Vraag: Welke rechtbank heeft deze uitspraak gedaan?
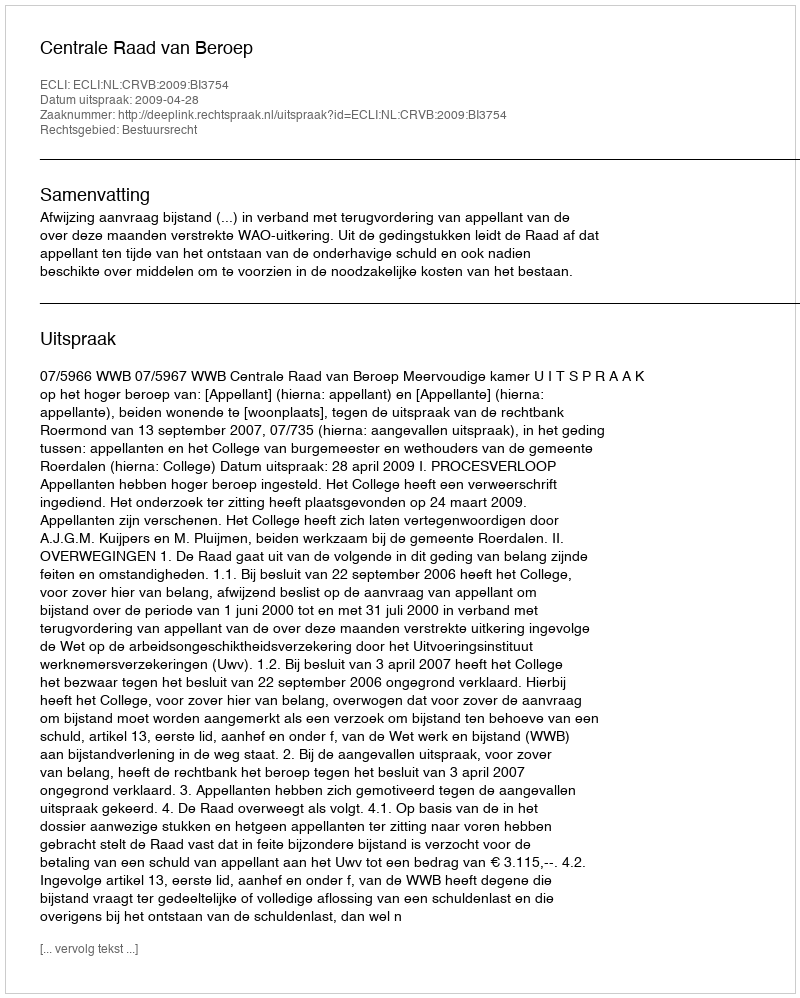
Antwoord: Centrale Raad van Beroep